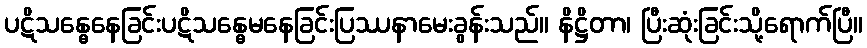
ပဋိသန္ဓေနေခြင်းပဋိသန္ဓေမနေခြင်းပြဿနာမေးခွန်းသည်။ နိဋ္ဌိတာ၊ ပြီးဆုံးခြင်းသို့ရောက်ပြီ။